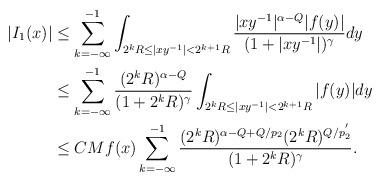
LaTeX: \begin{align*}|I_{1}(x)|&\leq\sum_{k=-\infty}^{-1}\int_{2^{k}R\leq |xy^{-1}|<2^{k+1}R}\frac{|xy^{-1}|^{\alpha-Q}|f(y)|}{(1+|xy^{-1}|)^{\gamma}}dy\\&\leq \sum_{k=-\infty}^{-1}\frac{(2^{k}R)^{\alpha-Q}}{(1+2^{k}R)^{\gamma}}\int_{2^{k}R\leq |xy^{-1}|<2^{k+1}R}|f(y)|dy\\&\leq CMf(x)\sum_{k=-\infty}^{-1}\frac{(2^{k}R)^{\alpha-Q+Q/p_{2}}(2^{k}R)^{Q/p_{2}^{'}}}{(1+2^{k}R)^{\gamma}}.\end{align*}